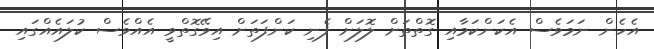
އެހެން ނަމަވެސް އެކަންކަމާއި ގޮތްތަށް ލޮލަށް ފެނި ކަންފަތަށް އިވޭގޮތްވީ އެއްވެސް ކުލައެއްގައި